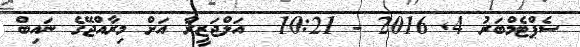
ސެޕްޓެމްބަރު 4